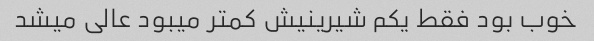
خوب بود فقط یکم شیرینیش کمتر میبود عالی میشد